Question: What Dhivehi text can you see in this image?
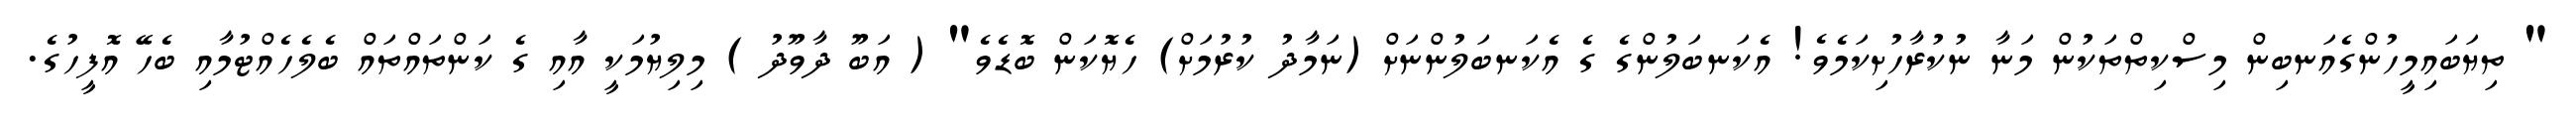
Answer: " ތިޔަބައިމީހުންގެއަނބިން މިސްކިތްތަކުން މަނާ ނުކުރާހުށިކަމެވެ! އެކަނބަލުންގެ ގެ އެކަނބަލުންނަށް (ނަމާދު ކުރުމަށް) ހެޔޮކަން ބޮޑެވެ" ( އަބޫ ދާވޫދު ) މިލިޔުމަކީ އާއި ގެ ކަންތައްތައް ބެލެހެއްޓުމާއި ބެހޭ އޮފީހުގެ.